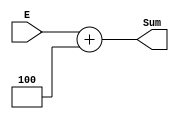
`timescale 1ns/1ns

module Sum(
	input [31:0]E,
	output[31:0]Sum
);

assign Sum = E + 4;

endmodule